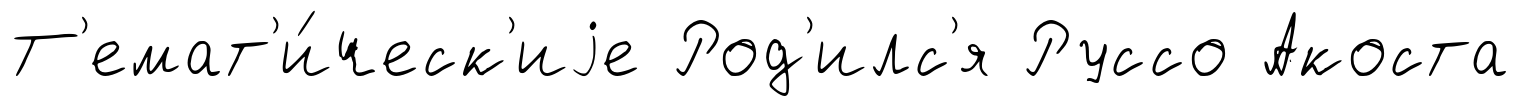
Т'емат'и́ческ'иjе Род'илс'я Руссо Акоста